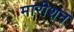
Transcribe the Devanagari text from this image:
मारीशन